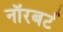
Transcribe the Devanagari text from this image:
नॉरबर्ट